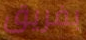
بفريق